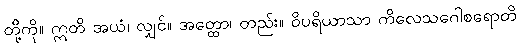
တို့ကို။ ဣတိ အယံ၊ လျှင်။ အတ္ထော၊ တည်း။ ဝိပရိယာသာ ကိလေသဂေါစရောတိ